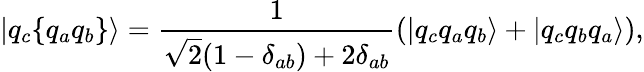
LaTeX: |q_{c}\{ q_{a}q_{b}\} \rangle=\frac{1}{\sqrt{2}(1-\delta_{ab})+2\delta_{ab}}(|q_{c}q_{a}q_{b}\rangle+|q_{c}q_{b}q_{a}\rangle),